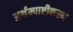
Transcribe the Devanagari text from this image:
अर्थम्पाष्टीकरण